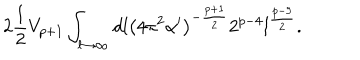
2 \frac { 1 } { 2 } V _ { p + 1 } \int _ { l \to \infty } d l \left( 4 \pi ^ { 2 } \alpha ^ { \prime } \right) ^ { - \frac { p + 1 } { 2 } } 2 ^ { p - 4 } l ^ { \frac { p - 9 } { 2 } } .